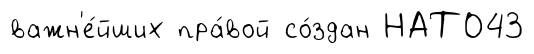
важн'е́йших пра́вой со́здан НАТО43